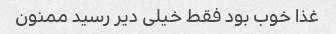
غذا خوب بود فقط خیلی دیر رسید ممنون